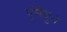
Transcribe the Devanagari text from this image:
पुंमैथुन